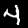
Label: 4